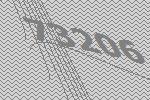
73206